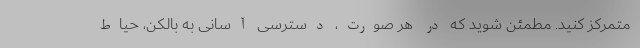
متمرکز کنید. مطمئن شوید که در هر صورت، دسترسی آسانی به بالکن، حیاط